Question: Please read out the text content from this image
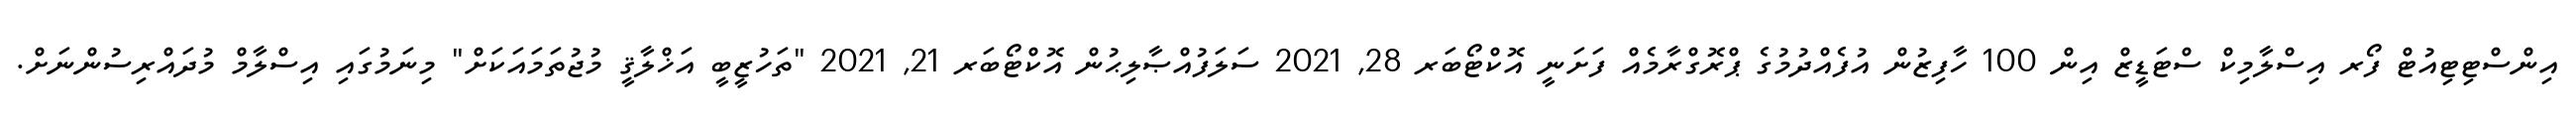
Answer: އިންސްޓިޓިއުޓް ފޯރ އިސްލާމިކް ސްޓަޑީޒް އިން 100 ހާފިޒުން އުފެއްދުމުގެ ޕްރޮގްރާމެއް ފަށަނީ އޮކްޓޯބަރ 28, 2021 ސަލަފުއްޞާލިޙުން އޮކްޓޯބަރ 21, 2021 "ތަހުޒީބީ އަޚްލާޤީ މުޖުތަމައަކަށް" މިނަމުގައި އިސްލާމް މުދައްރިސުންނަށް.